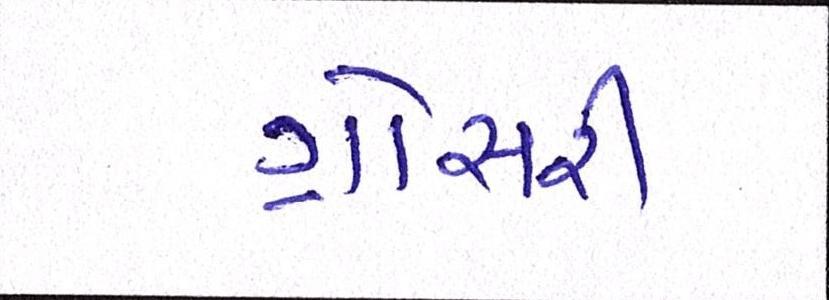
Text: ગ્રોસરી